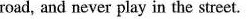
road, and never play in the street.